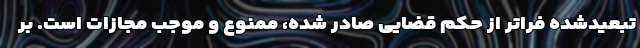
تبعیدشده فراتر از حکم قضایی صادر شده، ممنوع و موجب مجازات است. بر